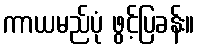
ကာယမည်ပုံ ဖွင့်ပြခန်း။